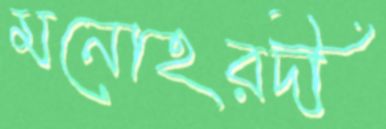
মনোহরদী